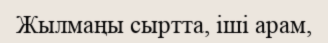
Жылмаңы сыртта, іші арам,